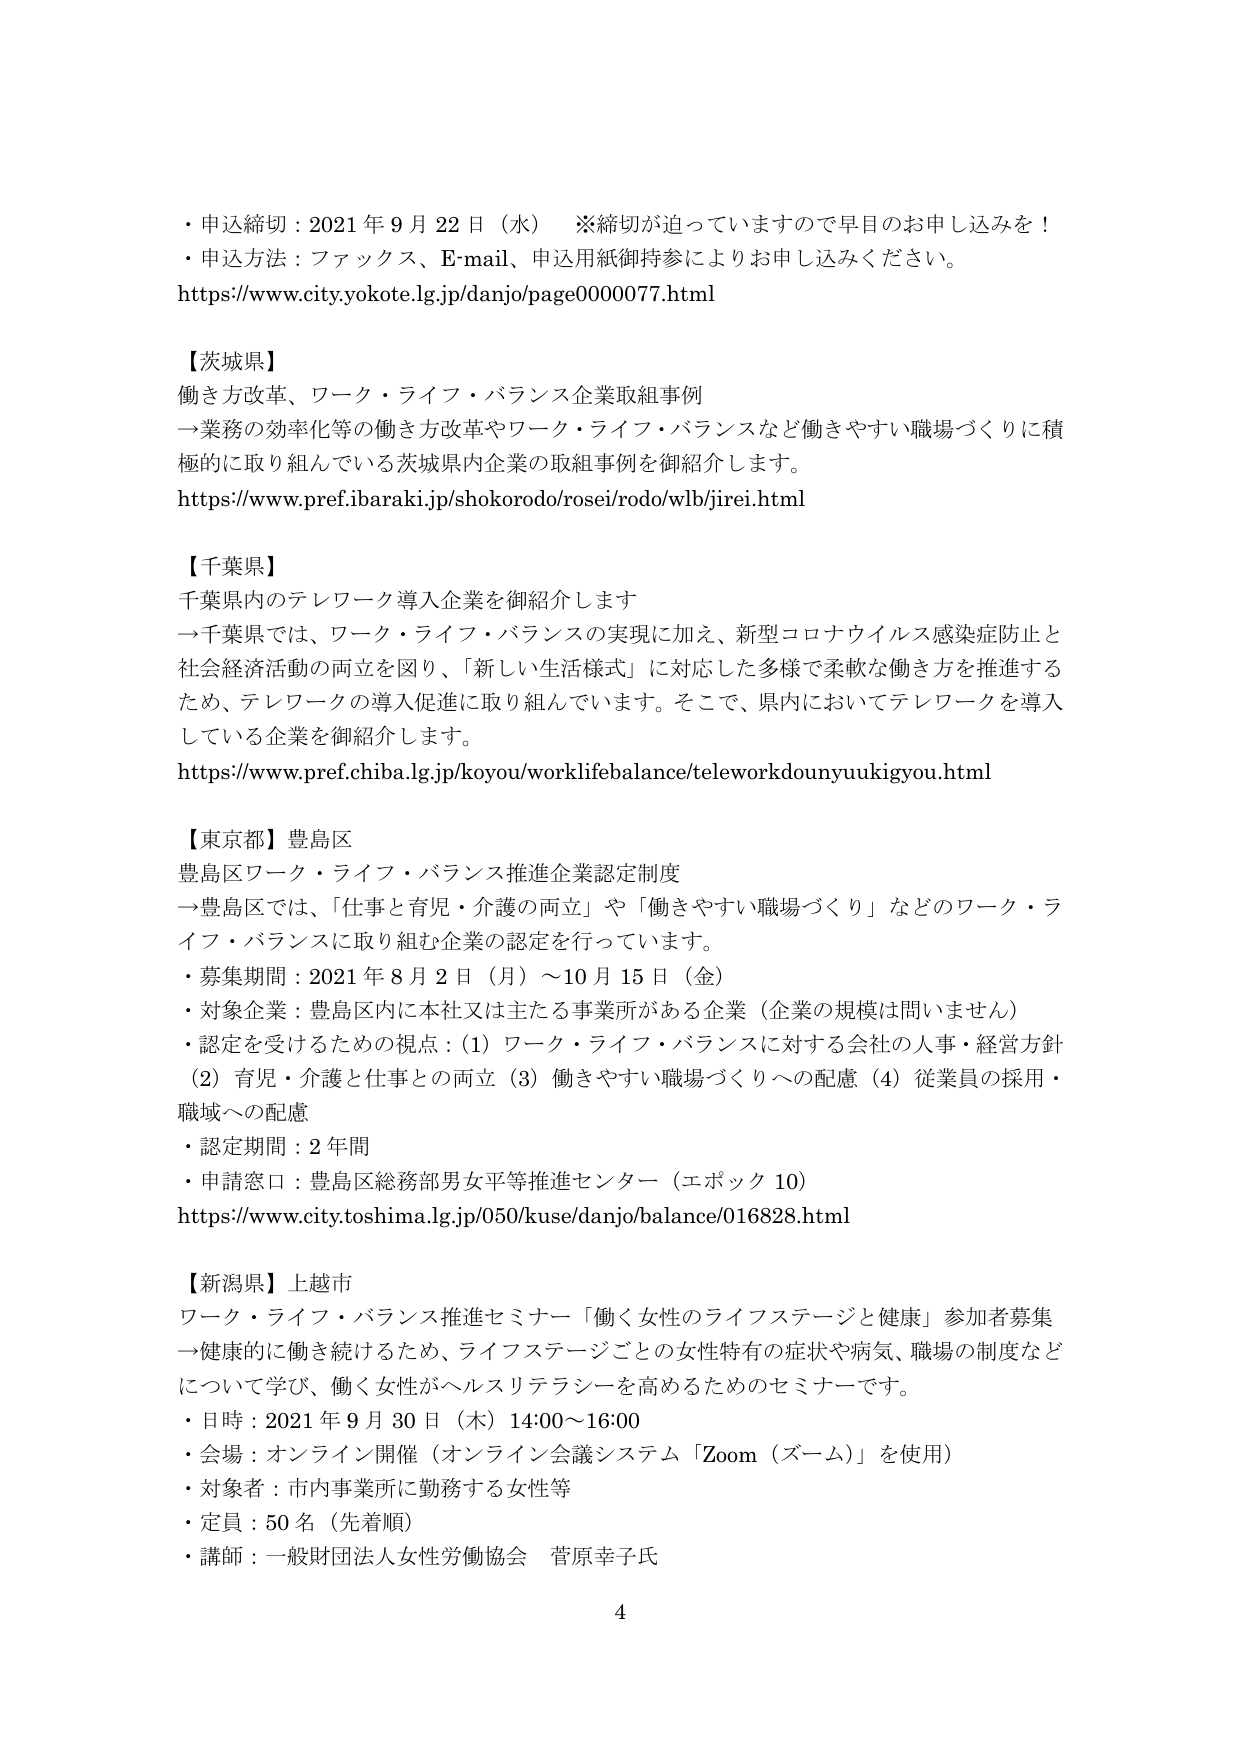
・申込締切：2021年9月22日（水）　※締切が迫っていますので早目のお申し込みを！
・申込方法：ファックス、E-mail、申込用紙御持参によりお申し込みください。
https://www.city.yokote.lg.jp/danjo/page0000077.html

【茨城県】
働き方改革、ワーク・ライフ・バランス企業取組事例
→業務の効率化等の働き方改革やワーク・ライフ・バランスなど働きやすい職場づくりに積極的に取り組んでいる茨城県内企業の取組事例を御紹介します。
https://www.pref.ibaraki.jp/shokorodo/rosei/rodo/wlb/jirei.html

【千葉県】
千葉県内のテレワーク導入企業を御紹介します
→千葉県では、ワーク・ライフ・バランスの実現に加え、新型コロナウイルス感染症防止と社会経済活動の両立を図り、「新しい生活様式」に対応した多様で柔軟な働き方を推進するため、テレワークの導入促進に取り組んでいます。そこで、県内においてテレワークを導入している企業を御紹介します。
https://www.pref.chiba.lg.jp/koyou/worklifebalance/teleworkdounyuukigyou.html

【東京都】豊島区
豊島区ワーク・ライフ・バランス推進企業認定制度
→豊島区では、「仕事と育児・介護の両立」や「働きやすい職場づくり」などのワーク・ライフ・バランスに取り組む企業の認定を行っています。
・募集期間：2021年8月2日（月）～10月15日（金）
・対象企業：豊島区内に本社又は主たる事業所がある企業（企業の規模は問いません）
・認定を受けるための視点：(1) ワーク・ライフ・バランスに対する会社の人事・経営方針 (2) 育児・介護と仕事との両立 (3) 働きやすい職場づくりへの配慮 (4) 従業員の採用・職域への配慮
・認定期間：2年間
・申請窓口：豊島区総務部男女平等推進センター（エポック10）
https://www.city.toshima.lg.jp/050/kuse/danjo/balance/016828.html

【新潟県】上越市
ワーク・ライフ・バランス推進セミナー「働く女性のライフステージと健康」参加者募集
→健康的に働き続けるため、ライフステージごとの女性特有の症状や病気、職場の制度などについて学び、働く女性がヘルスリテラシーを高めるためのセミナーです。
・日時：2021年9月30日（木）14:00～16:00
・会場：オンライン開催（オンライン会議システム「Zoom（ズーム）」を使用）
・対象者：市内事業所に勤務する女性等
・定員：50名（先着順）
・講師：一般財団法人女性労働協会　菅原幸子氏

4